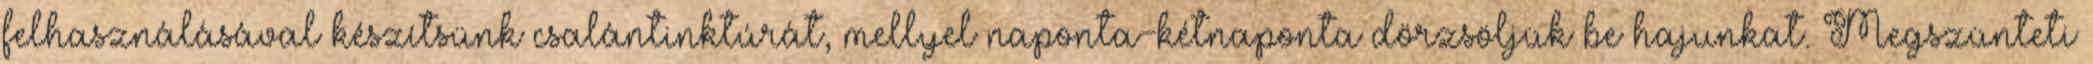
felhasználásával készítsünk csalántinktúrát, mellyel naponta-kétnaponta dörzsöljük be hajunkat. Megszünteti